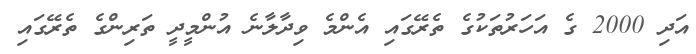
އަދި 2000 ގެ އަހަރުތަކުގެ ތެރޭގައި އެންމެ ވިދާލާނެ އުންމީދީ ތަރިންގެ ތެރޭގައި